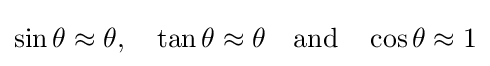
\sin \theta \approx \theta ,\quad \tan \theta \approx \theta \quad {\text{and}}\quad \cos \theta \approx 1